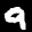
Label: 9